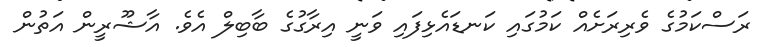
ރަސްކަމުގެ ވެރިރަށެއް ކަމުގައި ކަނޑައެޅިފައި ވަނީ އިރާގުގެ ބާބިލް އެވެ. އާޝޫރީން އަތުން